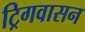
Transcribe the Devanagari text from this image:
ट्रिगवासन